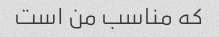
که مناسب من است